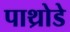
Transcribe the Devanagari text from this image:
पाथ्रोडे